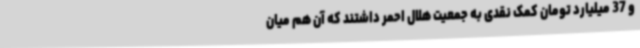
و 37 میلیارد تومان کمک نقدی به جمعیت هلال احمر داشتند که آن هم میان